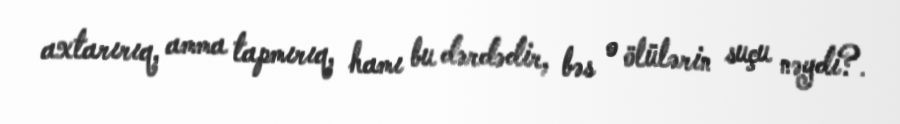
axtarırıq, amma tapmırıq, hamı bu dərdədir, bəs o ölülərin suçu nəydi?.